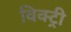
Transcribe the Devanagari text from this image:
विक्‍ट्री